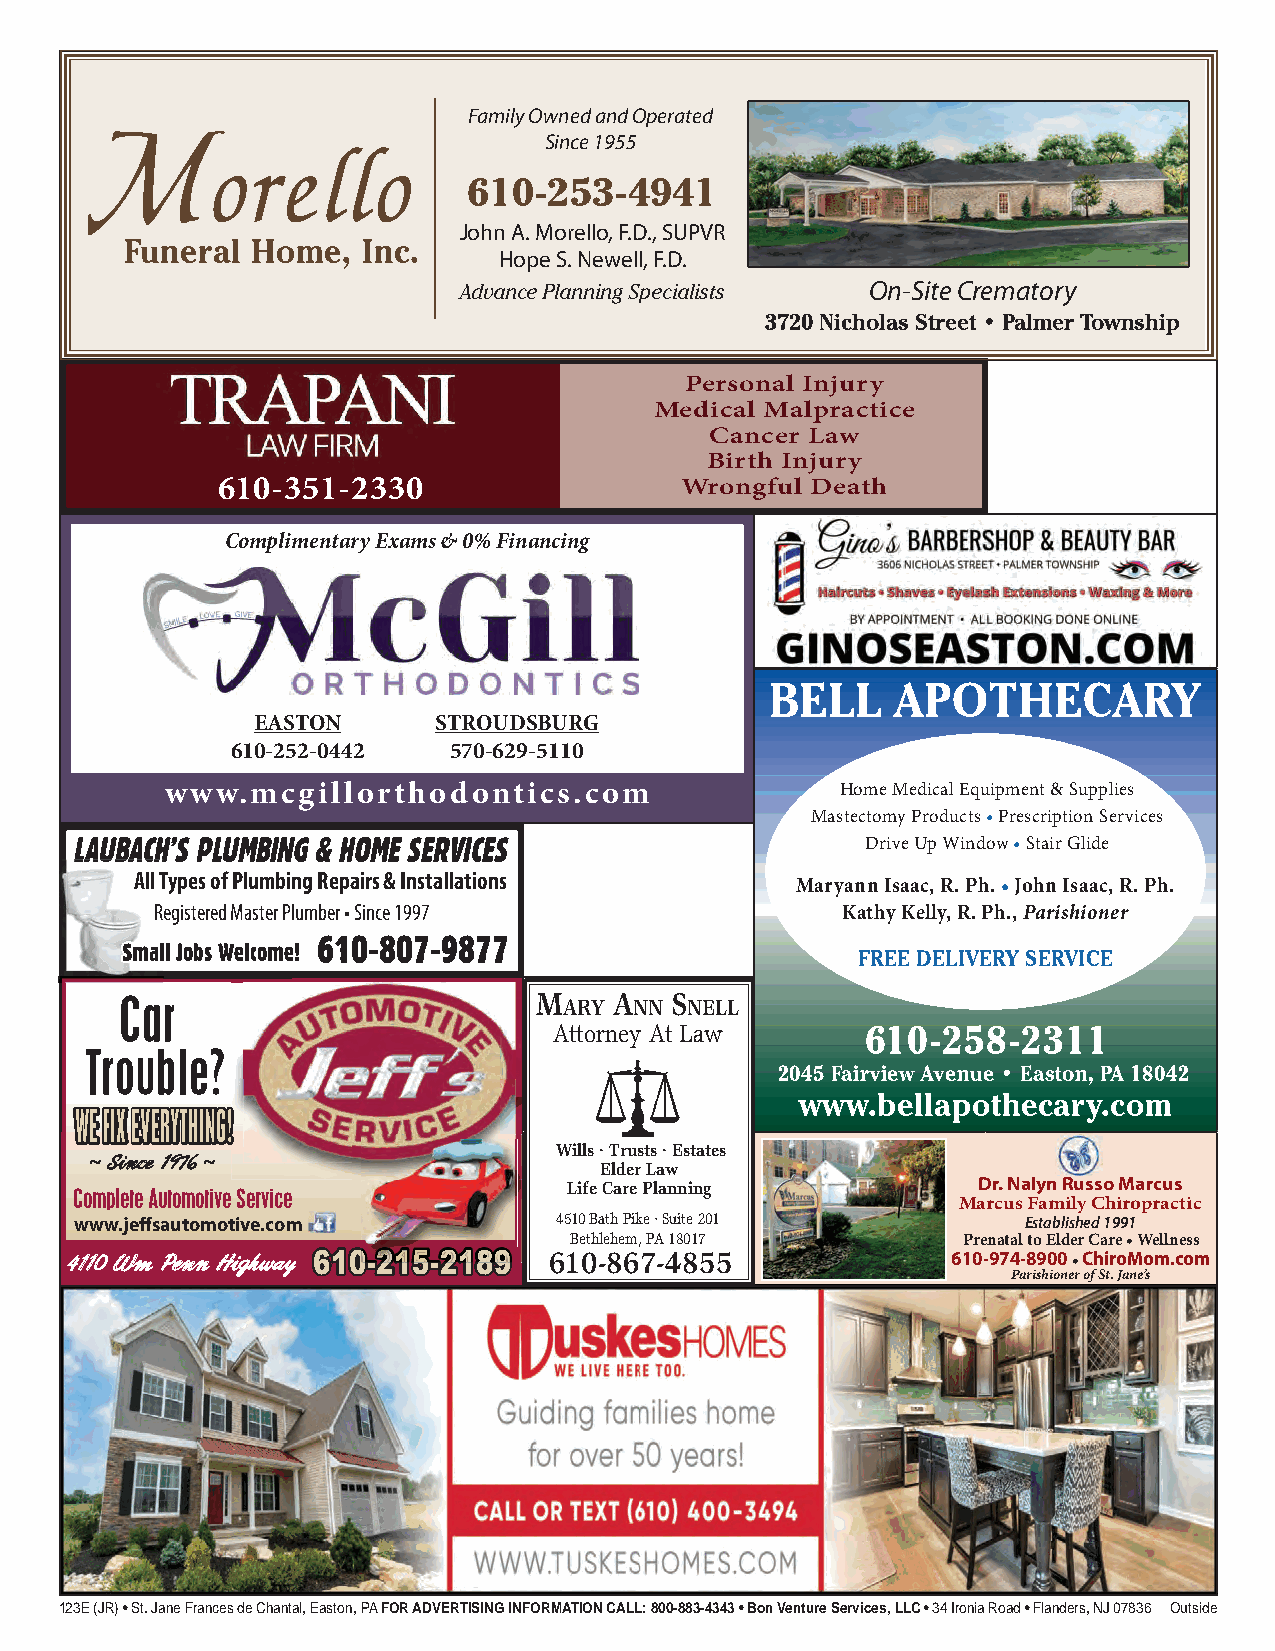
Family Owned and Operated
 M                             Since 1955
 orello
 610-253-4941
 John A. Morello, F.D., SUPVR
 Funeral  Home,  Inc.
 Hope S. Newell, F.D.
 On-Site Crematory
 Advance Planning Specialists
 3720 Nicholas Street • Palmer Township
 Personal Injury
 Medical Malpractice
 Cancer Law
 Birth Injury
 610-351-2330                   Wrongful Death
 Complimentary Exams & 0% Financing
 BELL    APOTHECARY
 EASTON      STROUDSBURG
 610-252-0442   570-629-5110
 www.mcgillorthodontics.com                   Home Medical Equipment & Supplies
 Mastectomy Products • Prescription Services
 Drive Up Window • Stair Glide
 LLAAUUBBAACCHH’S PLUMBING & HOME SERVICES
 All Types of Plumbing Repairs & Installations
 Maryann Isaac, R. Ph. • John Isaac, R. Ph.
 RRegistered Master Plumber • Since 1997       Kathy Kelly, R. Ph., Parishioner
 610-807-9877
 Small Jobs Welcome!
 FREE DELIVERY SERVICE
 Car                        M     A  S
 ARY  NN  NELL
 Attorney At Law     610-258-2311
 Trouble?
 2045 Fairview Avenue • Easton, PA 18042
 www.bellapothecary.com
 WE FIX EVERYTHING!
 Wills · Trusts · Estates
 ~ Since 1976 ~
 Elder Law
 Complete Automotive Service      Life Care Planning         Dr. Nalyn RRusso Marcus
 Marcus Family Chiropractic
 www.jeffsautomotive.com         4510 Bath Pike · Suite 201     Established 1991
 Bethlehem, PA 18017       Prenatal to Elder Care • Wellness
 4110 Wm Penn Highway 610000-2222222222222222111115555-22221118889999 610-867-4855 610-974-8900 • ChiroMom.com
 Parishioner of St. Jane’s
 123E (JR) • St. Jane Frances de Chantal, Easton, PA FOR ADVERTISING INFORMATION CALL: 800-883-4343 • Bon Venture Services, LLC • 34 Ironia Road • Flanders, NJ 07836 Outside